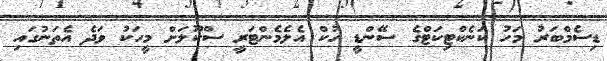
ޑިސެމްބަރު މަހު ކަނެކްޓިކަޓްގެ ސޭންޑީ ހުކް އެލެމެންޓަރީ ސްކޫލަށް މީހަކު ވަދެ އެތަނުގައި